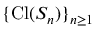
\{ \operatorname { C l } ( S _ { n } ) \} _ { n \geq 1 }